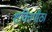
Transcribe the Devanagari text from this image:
शक्तिपीठ।